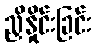
ညှိနှိုင်းခြင်း